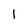
Character: 1